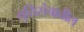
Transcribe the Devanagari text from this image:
युतिसंचातील